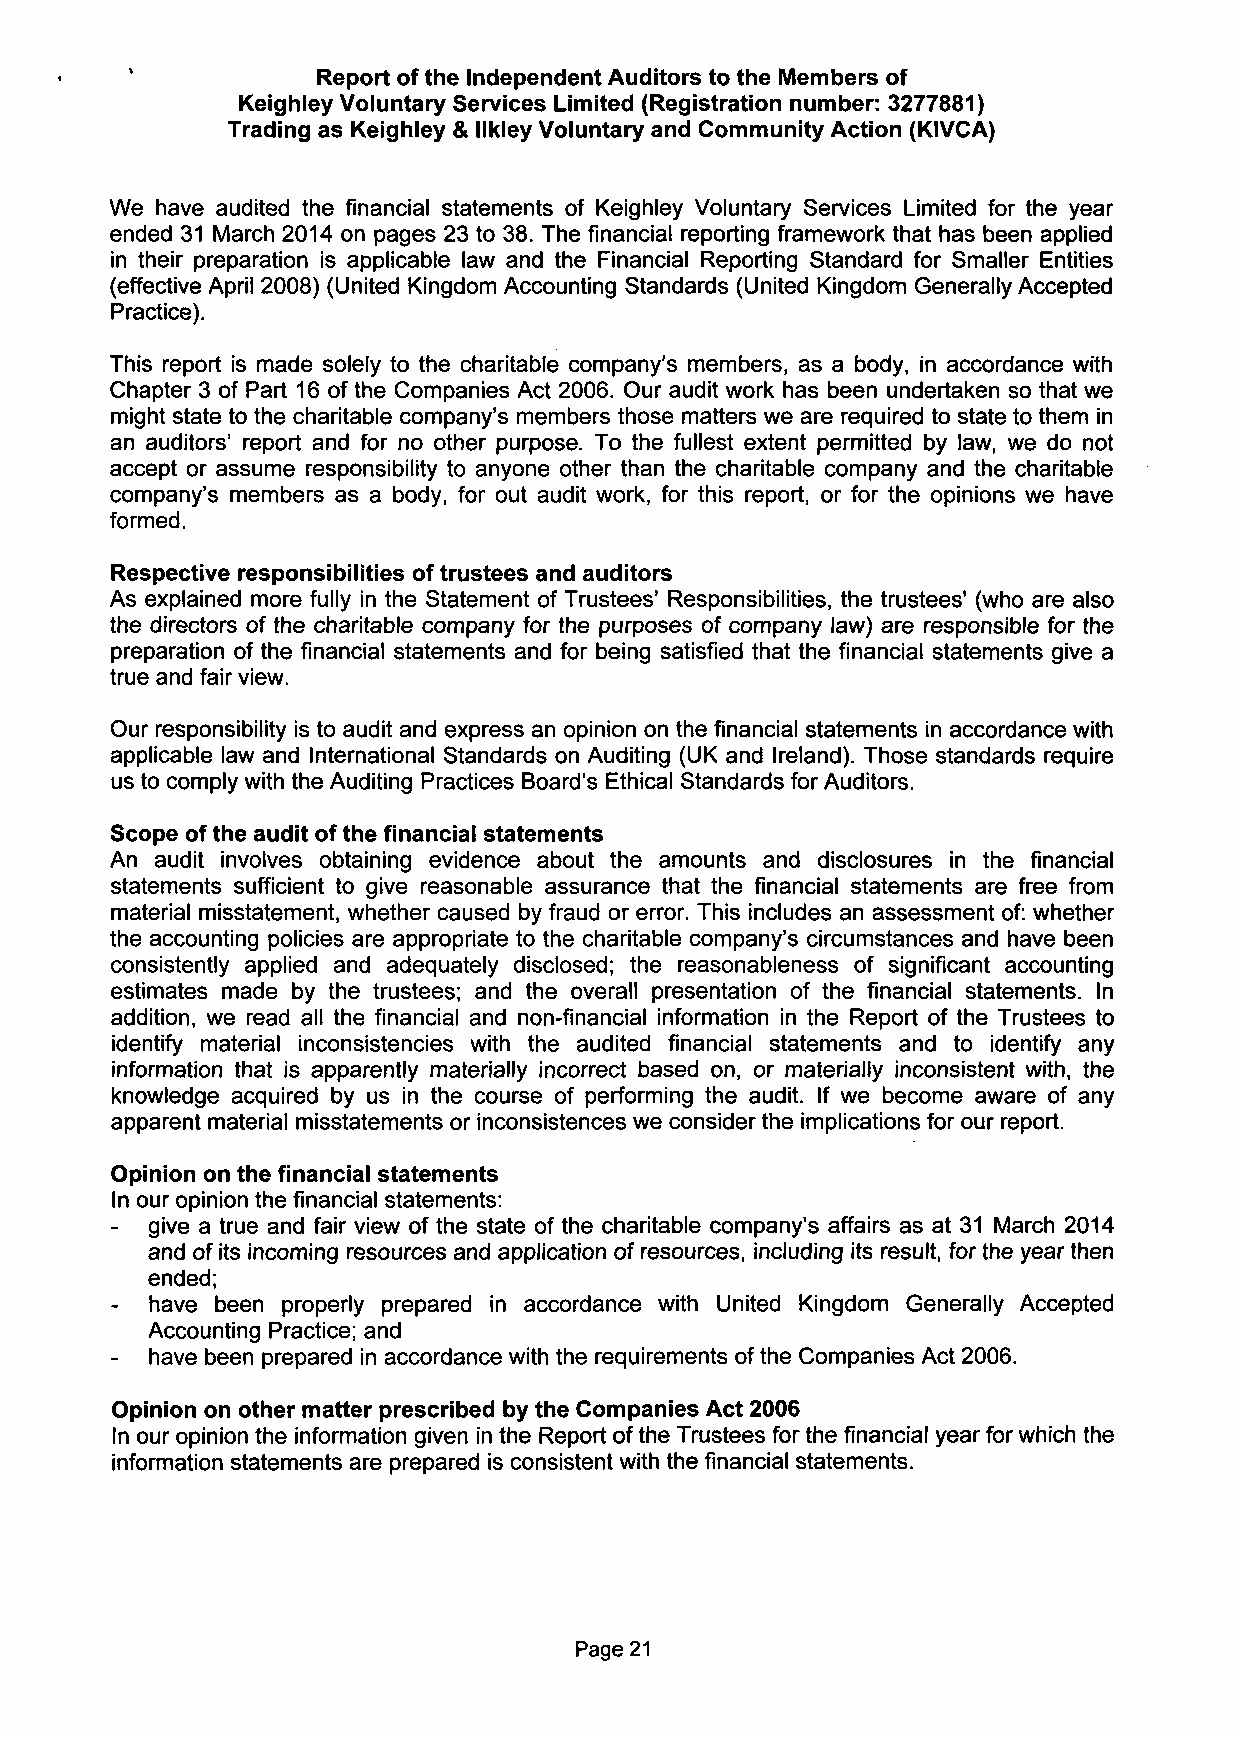
Report of the Independent Auditors to the Members of
 Keighley Voluntary Services Limited (Registration number: 3277881)
 Trading as Keighley & llkley Voluntary and Community Action (KIVCA)
 We have audited the financial statements of Keighley Voluntary Services Limited for the year
 ended 31 March 2014 on pages 23 to 38. The financial reporting framework that has been applied
 in their preparation is applicable law and the Financial Reporting Standard for Smaller Entities
 (effective April 2008) (United Kingdom Accounting Standards (United Kingdom Generally Accepted
 Practice).
 This report is made solely to the charitable company's members, as a body, in accordance with
 Chapter 3 of Part 16 of the Companies Act 2006. Our audit work has been undertaken so that we
 might state to the charitable company's members those matters we are required to state to them in
 an auditors' report and for no other purpose. To the fullest extent permitted by law, we do not
 accept or assume responsibility to anyone other than the charitable company and the charitable
 company's members as a body, for out audit work, for this report, or for the opinions we have
 formed.
 Respective responsibilities of trustees and auditors
 As explained more fully in the Statement of Trustees' Responsibilities, the trustees' (who are also
 the directors of the charitable company for the purposes of company law) are responsible for the
 preparation of the financial statements and for being satisfied that the financial statements give a
 true and fair view.
 Our responsibility is to audit and express an opinion on the financial statements in accordance with
 applicable law and International Standards on Auditing (UK and Ireland). Those standards require
 us to comply with the Auditing Practices Board's Ethical Standards for Auditors.
 Scope of the audit of the financial statements
 An audit involves obtaining evidence about the amounts and disclosures in the financial
 statements sufficient to give reasonable assurance that the financial statements are free from
 material misstatement, whether caused by fraud or error. This includes an assessment of: whether
 the accounting policies are appropriate to the charitable company's circumstances and have been
 consistently applied and adequately disclosed; the reasonableness of significant accounting
 estimates made by the trustees; and the overall presentation of the financial statements. In
 addition, we read all the financial and non-financial information in the Report of the Trustees to
 identify material inconsistencies with the audited financial statements and to identify any
 information that is apparently materially incorrect based on, or materially inconsistent with, the
 knowledge acquired by us in the course of performing the audit. If we become aware of any
 apparent material misstatements or inconsistences we consider the implications for our report.
 Opinion on the financial statements
 In our opinion the financial statements:
 -  give a true and fair view of the state of the charitable company's affairs as at 31 March 2014
 and of its incoming resources and application of resources, including its result, for the year then
 ended;
 -  have been properly prepared in accordance with United Kingdom Generally Accepted
 Accounting Practice; and
 -  have been prepared in accordance with the requirements of the Companies Act 2006.
 Opinion on other matter prescribed by the Companies Act 2006
 In our opinion the information given in the Report of the Trustees for the financial year for which the
 information statements are prepared is consistent with the financial statements.
 Page 21